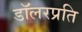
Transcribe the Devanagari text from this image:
डॉलरप्रति